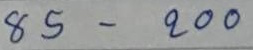
85 - 200